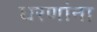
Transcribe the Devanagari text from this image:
धरणांना